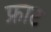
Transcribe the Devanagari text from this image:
फ्राट